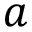
a